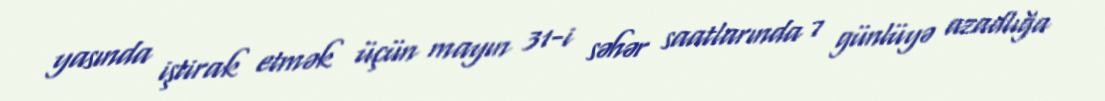
yasında iştirak etmək üçün mayın 31-i səhər saatlarında 7 günlüyə azadlığa